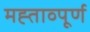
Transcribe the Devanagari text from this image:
मह्ताव्पूर्ण